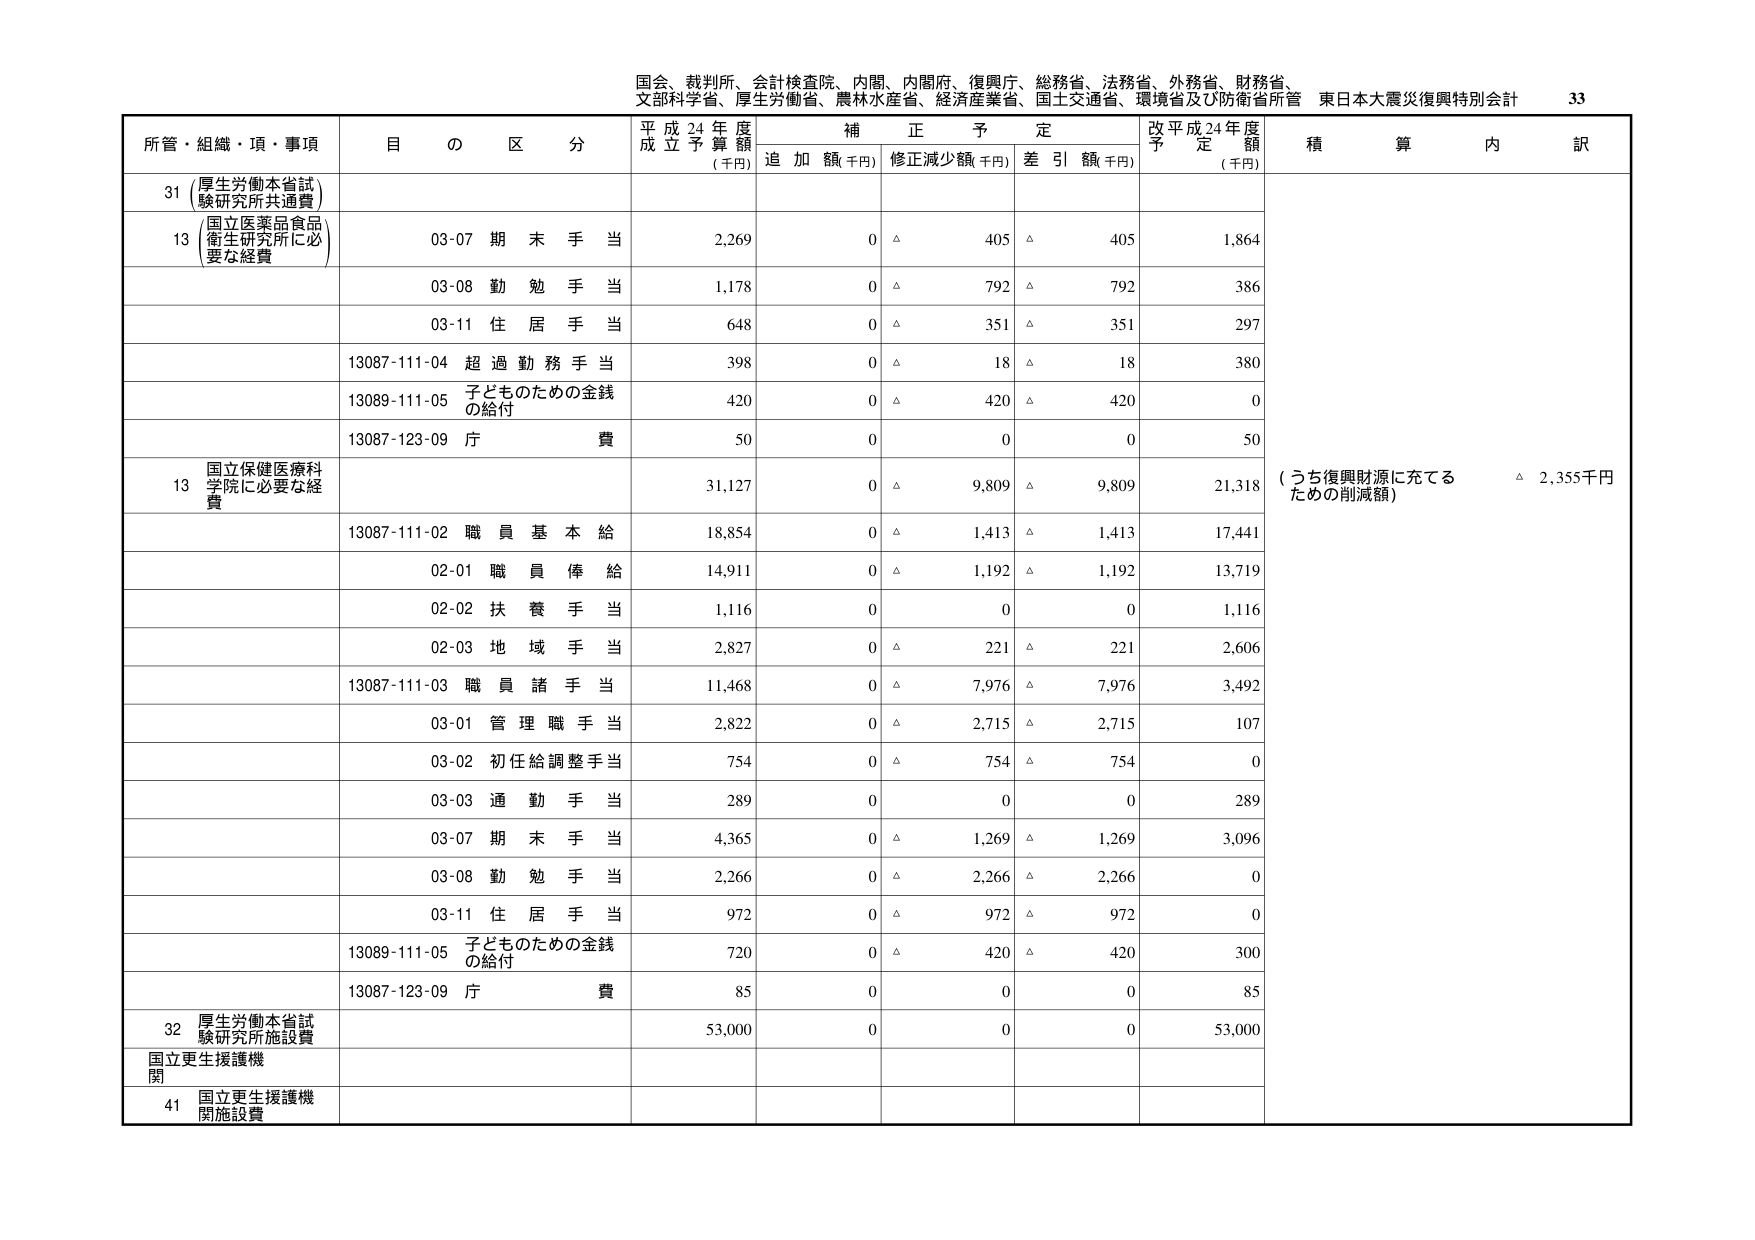
国会、裁判所、会計検査院、内閣、内閣府、復興庁、総務省、法務省、外務省、財務省、
文部科学省、厚生労働省、農林水産省、経済産業省、国土交通省、環境省及び防衛省所管 東日本大震災復興特別会計 33

所管・組織・項・事項 目 の 区 分 平成24年度 成立予算額 (千円) 補正予定 追加額(千円) 修正減少額(千円) 差引額(千円) 改平成24年度 予定額 (千円) 積算内訳

31 (厚生労働本省試験研究所共通費)
13 (国立医薬品食品衛生研究所に必要な経費)
03-07 期末手当 2,269 0 △ 405 △ 405 1,864
03-08 勤勉手当 1,178 0 △ 792 △ 792 386
03-11 住居手当 648 0 △ 351 △ 351 297
13087-111-04 超過勤務手当 398 0 △ 18 △ 18 380
13089-111-05 子どものための金銭の給付 420 0 △ 420 △ 420 0
13087-123-09 庁費 50 0 0 0 50

13 国立保健医療科学院に必要な経費 31,127 0 △ 9,809 △ 9,809 21,318 (うち復興財源に充てるための削減額) △ 2,355千円
13087-111-02 職員基本給 18,854 0 △ 1,413 △ 1,413 17,441
02-01 職員俸給 14,911 0 △ 1,192 △ 1,192 13,719
02-02 扶養手当 1,116 0 0 0 1,116
02-03 地域手当 2,827 0 △ 221 △ 221 2,606
13087-111-03 職員諸手当 11,468 0 △ 7,976 △ 7,976 3,492
03-01 管理職手当 2,822 0 △ 2,715 △ 2,715 107
03-02 初任給調整手当 754 0 △ 754 △ 754 0
03-03 通勤手当 289 0 0 0 289
03-07 期末手当 4,365 0 △ 1,269 △ 1,269 3,096
03-08 勤勉手当 2,266 0 △ 2,266 △ 2,266 0
03-11 住居手当 972 0 △ 972 △ 972 0
13089-111-05 子どものための金銭の給付 720 0 △ 420 △ 420 300
13087-123-09 庁費 85 0 0 0 85

32 厚生労働本省試験研究所施設費 53,000 0 0 0 53,000
国立更生援護機関
41 国立更生援護機関施設費